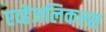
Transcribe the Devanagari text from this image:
एव्हेंजलिकल्स